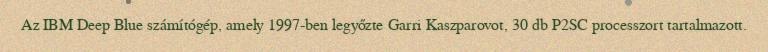
Az IBM Deep Blue számítógép, amely 1997-ben legyőzte Garri Kaszparovot, 30 db P2SC processzort tartalmazott.